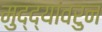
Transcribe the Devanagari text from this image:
मुद्द्यांवरुन